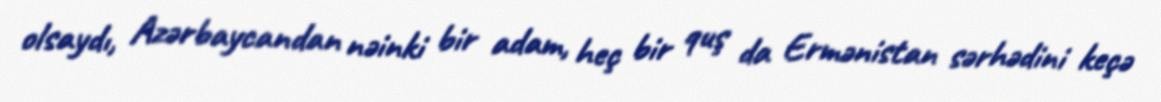
olsaydı, Azərbaycandan nəinki bir adam, heç bir quş da Ermənistan sərhədini keçə